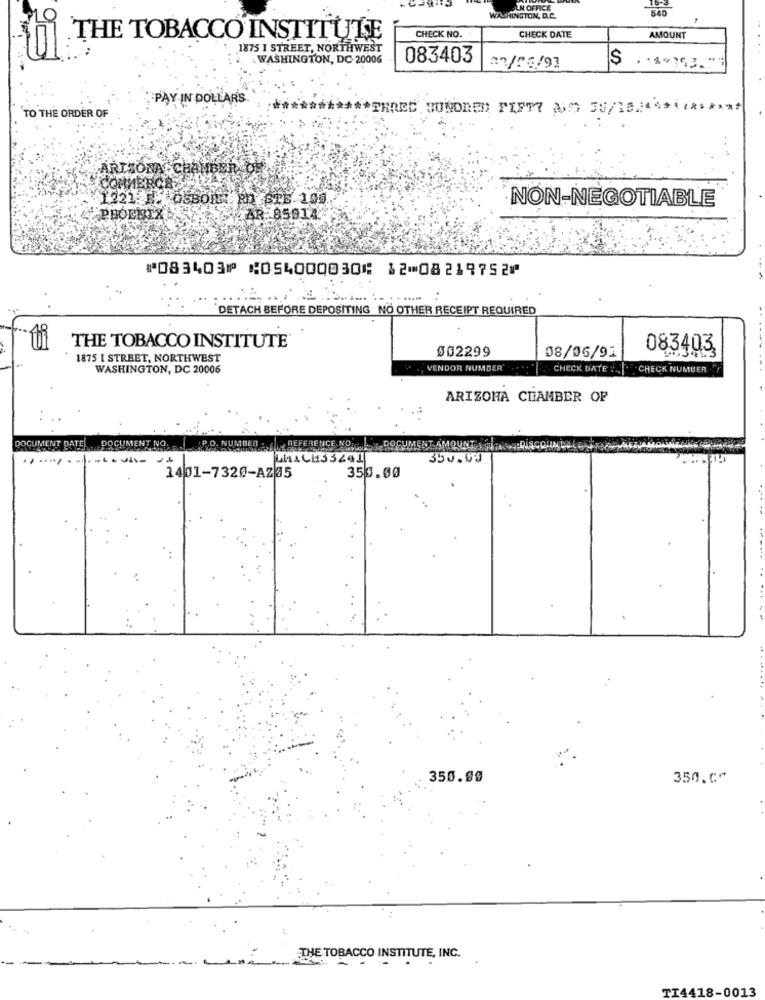
SUN OFFICE
WASHINGTON, D.C.
CHECK NO.
CHECK DATE
AMOUNT
ti THE TOBACCO INSTITUTE
1875 I STREET, NORTHWEST
WASHINGTON, DC-20006
083403
PAY IN DOLLARS
***** THREE HUNDRED FIFTY AND 50/1E
TO THE ORDER OF
ARIZONA CHAMBER
СОНИЁНОВ»
1221: 15 05801 20 616-105
NON-NEGOTIABLE
PHOENIX
AR 85614
⑈083403⑈ ⑆054000030⑆ 12⑉08219752⑈
"DETACH BEFORE DEPOSITING NO OTHER RECEIPT REQUIRED
THE TOBACCO INSTITUTE®
002299
083403
1875 I STREET, NORTHWEST
08/06/91
WASHINGTON, DC 20006
. VENDOR NUMBER'
CHECK DATE ...
CHECK NUMBER "!
ARIZONA CHAMBER OF
DOCU
DOCUMEI
MENT DATE
P.O. NUMBER : REFERENCE NO.
35v.V.
1401-7320-AZ35
350.00
350.99
350.0~
THE TOBACCO INSTITUTE, INC.
TI4418-0013